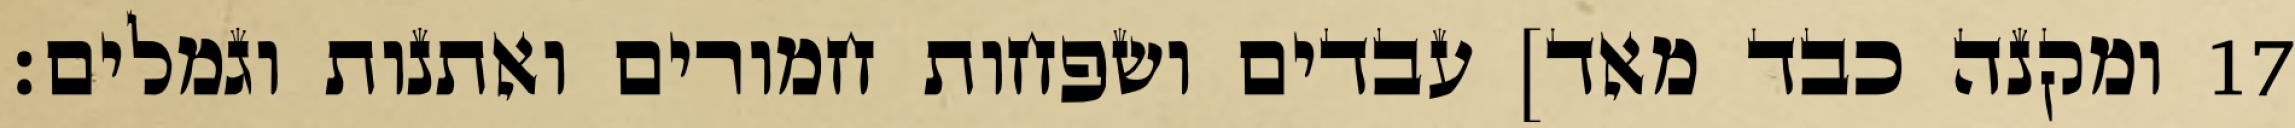
ומקנה כבד מאד] עבדים ושפחות חמורים ואתנות וגמלים׃ ‎17‏